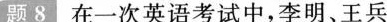
题8 在一次英语考试中，李明、王兵